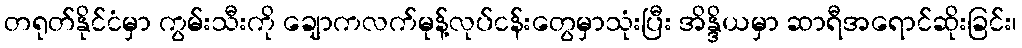
တရုတ်နိုင်ငံမှာ ကွမ်းသီးကို ချောကလက်မုန့်လုပ်ငန်းတွေမှာသုံးပြီး အိန္ဒိယမှာ ဆာရီအရောင်ဆိုးခြင်း၊